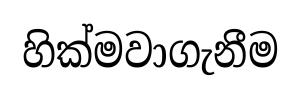
හික්මවාගැනීම